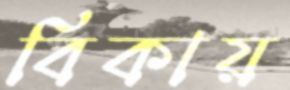
বিকায়